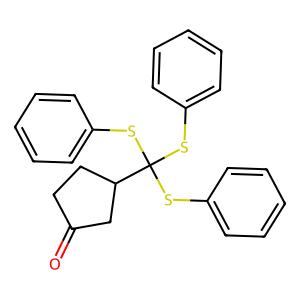
SMILES: O=C1CCC(C(Sc2ccccc2)(Sc2ccccc2)Sc2ccccc2)C1
Inhibits HIV replication: No